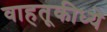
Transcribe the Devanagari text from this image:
वाहतूकीध्ये